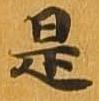
是